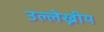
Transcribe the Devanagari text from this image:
उल्लेख्नीय